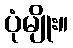
ပုံမျိုး။